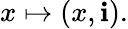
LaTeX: x\mapsto(x,\mathbf{i}).